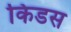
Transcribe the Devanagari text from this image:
किडस